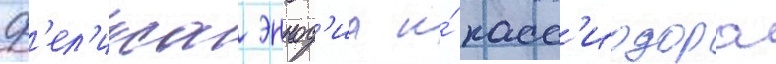
ф'ел'икса эннод'иа и́ касс'иодора